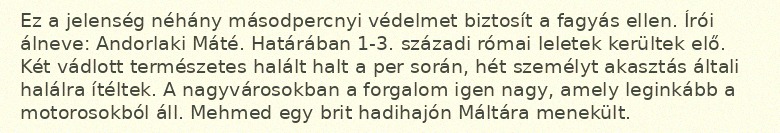
Ez a jelenség néhány másodpercnyi védelmet biztosít a fagyás ellen. Írói álneve: Andorlaki Máté. Határában 1-3. századi római leletek kerültek elő. Két vádlott természetes halált halt a per során, hét személyt akasztás általi halálra ítéltek. A nagyvárosokban a forgalom igen nagy, amely leginkább a motorosokból áll. Mehmed egy brit hadihajón Máltára menekült.